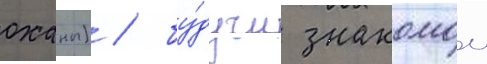
оханы) / бу́дучи знакомои